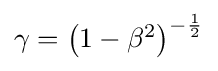
{\textstyle \gamma =\left(1-\beta ^{2}\right)^{-{\frac {1}{2}}}}